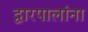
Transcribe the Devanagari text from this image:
द्वारपालांना